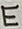
Text: E